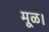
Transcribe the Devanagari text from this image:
मूळ।